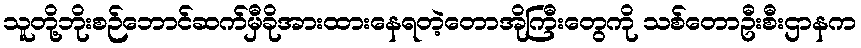
သူတို့ဘိုးစဉ်ဘောင်ဆက်မှီခိုအားထားနေရတဲ့တောအိုကြီးတွေကို သစ်တောဦးစီးဌာနက